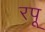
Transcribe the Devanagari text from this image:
रपू